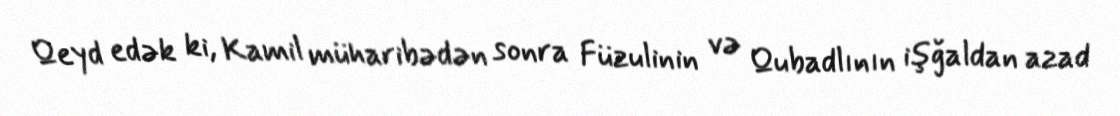
Qeyd edək ki, Kamil müharibədən sonra Füzulinin və Qubadlının işğaldan azad